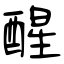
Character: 醒